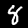
Label: 8